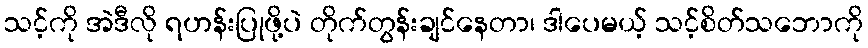
သင့်ကို အဲဒီလို ရဟန်းပြုဖို့ပဲ တိုက်တွန်းချင်နေတာ၊ ဒါပေမယ့် သင့်စိတ်သဘောကို